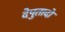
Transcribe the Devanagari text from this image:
देपुतादो